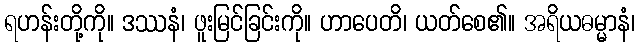
ရဟန်းတို့ကို။ ဒဿနံ၊ ဖူးမြင်ခြင်းကို။ ဟာပေတိ၊ ယတ်စေ၏။ အရိယဓမ္မာနံ၊